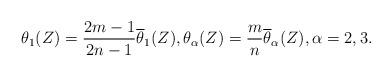
LaTeX: \begin{align*}\theta _1(Z)=\frac{2m-1}{2n-1}\overline \theta _1(Z) , \theta _\alpha (Z)=\frac{m}{n}\overline \theta _\alpha (Z) , \alpha =2,3 .\end{align*}